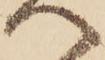
へ